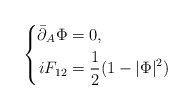
\begin{align*}\left\{\begin{aligned}\bar\partial_A\Phi &=0,\\iF_{12} &=\frac12(1-|\Phi |^2)\end{aligned}\right.\end{align*}